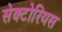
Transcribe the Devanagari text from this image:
सेक्टोरियस